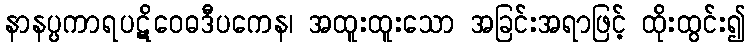
နာနပ္ပကာရပဋိဝေဓဒီပကေန၊ အထူးထူးသော အခြင်းအရာဖြင့် ထိုးထွင်း၍